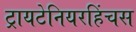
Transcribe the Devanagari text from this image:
ट्रायटेनियरहिंचस